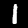
Digit: 1